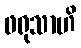
ဖရုသာဟိ